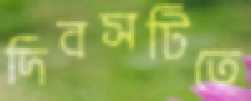
দিবসটিতে